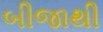
બીજાથી